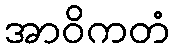
အာဝိကတံ